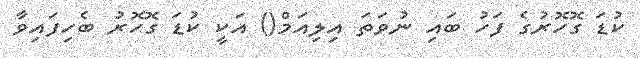
ކުޑަ ގޮހޮރުގެ ފަހު ބައި ނުވަތަ އިލިއަމް() އަކީ ކުޑަ ގޮހޮރު ބެހިފައިވާ